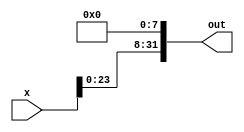
module left_shifter_8(x, out);
    input [31:0] x;
    output [31:0] out;

    assign out[31:8] = x[23:0];
    assign out[7:0] = 8'b0;

endmodule